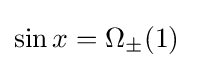
\sin x=\Omega _{\pm }(1)\quad